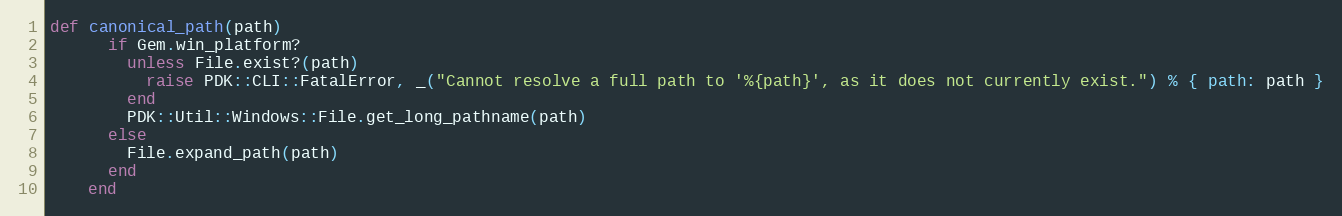
Language: Ruby
def canonical_path(path)
      if Gem.win_platform?
        unless File.exist?(path)
          raise PDK::CLI::FatalError, _("Cannot resolve a full path to '%{path}', as it does not currently exist.") % { path: path }
        end
        PDK::Util::Windows::File.get_long_pathname(path)
      else
        File.expand_path(path)
      end
    end